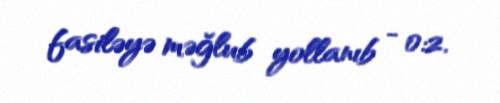
fasiləyə məğlub yollanıb - 0:2.